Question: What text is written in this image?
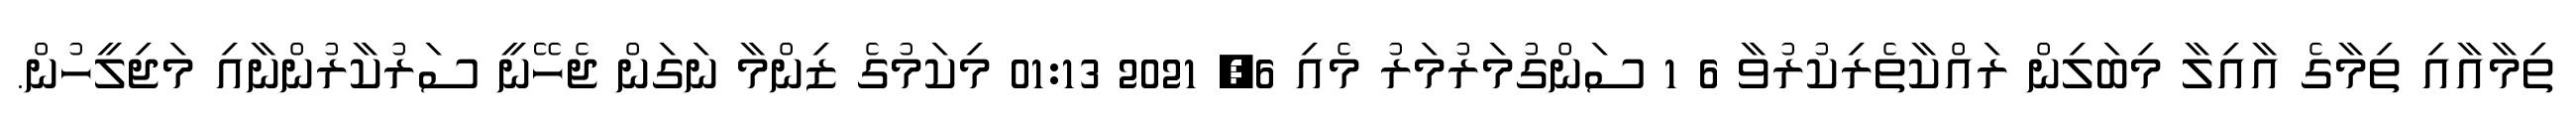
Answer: ތިމާއާއި ތިމާގެ އާއިލާ މިބަލިން ރައްކާތެރިކުރުވާ 6 1 ސަންގުމަރުމަރު މެއި 6, 2021 01:13 މިކަމުގެ ޒިންމާ ނަގަން ޖެހޭނީ ސަރުކާރުންނާއި މަޖިލީހުން.